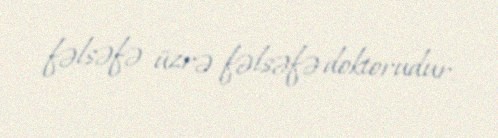
fəlsəfə üzrə fəlsəfə doktorudur.